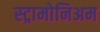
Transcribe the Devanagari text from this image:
स्ट्रामोनिअम